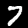
Digit: 7